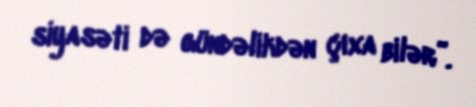
siyasəti də gündəlikdən çıxa bilər”.